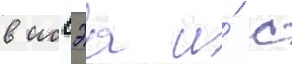
в иссэа и́ с